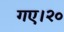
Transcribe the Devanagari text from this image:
गए।२०